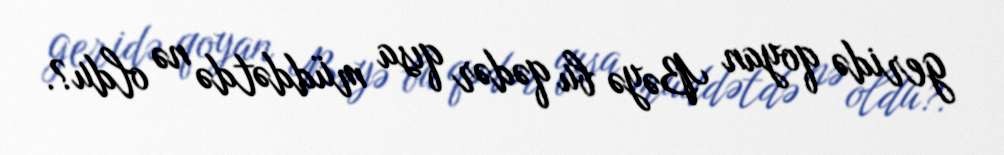
geridə qoyan Bəyə bu qədər qısa müddətdə nə oldu?.